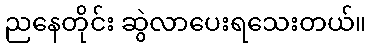
ညနေတိုင်း ဆွဲလာပေးရသေးတယ်။